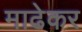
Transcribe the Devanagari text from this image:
माढेकर